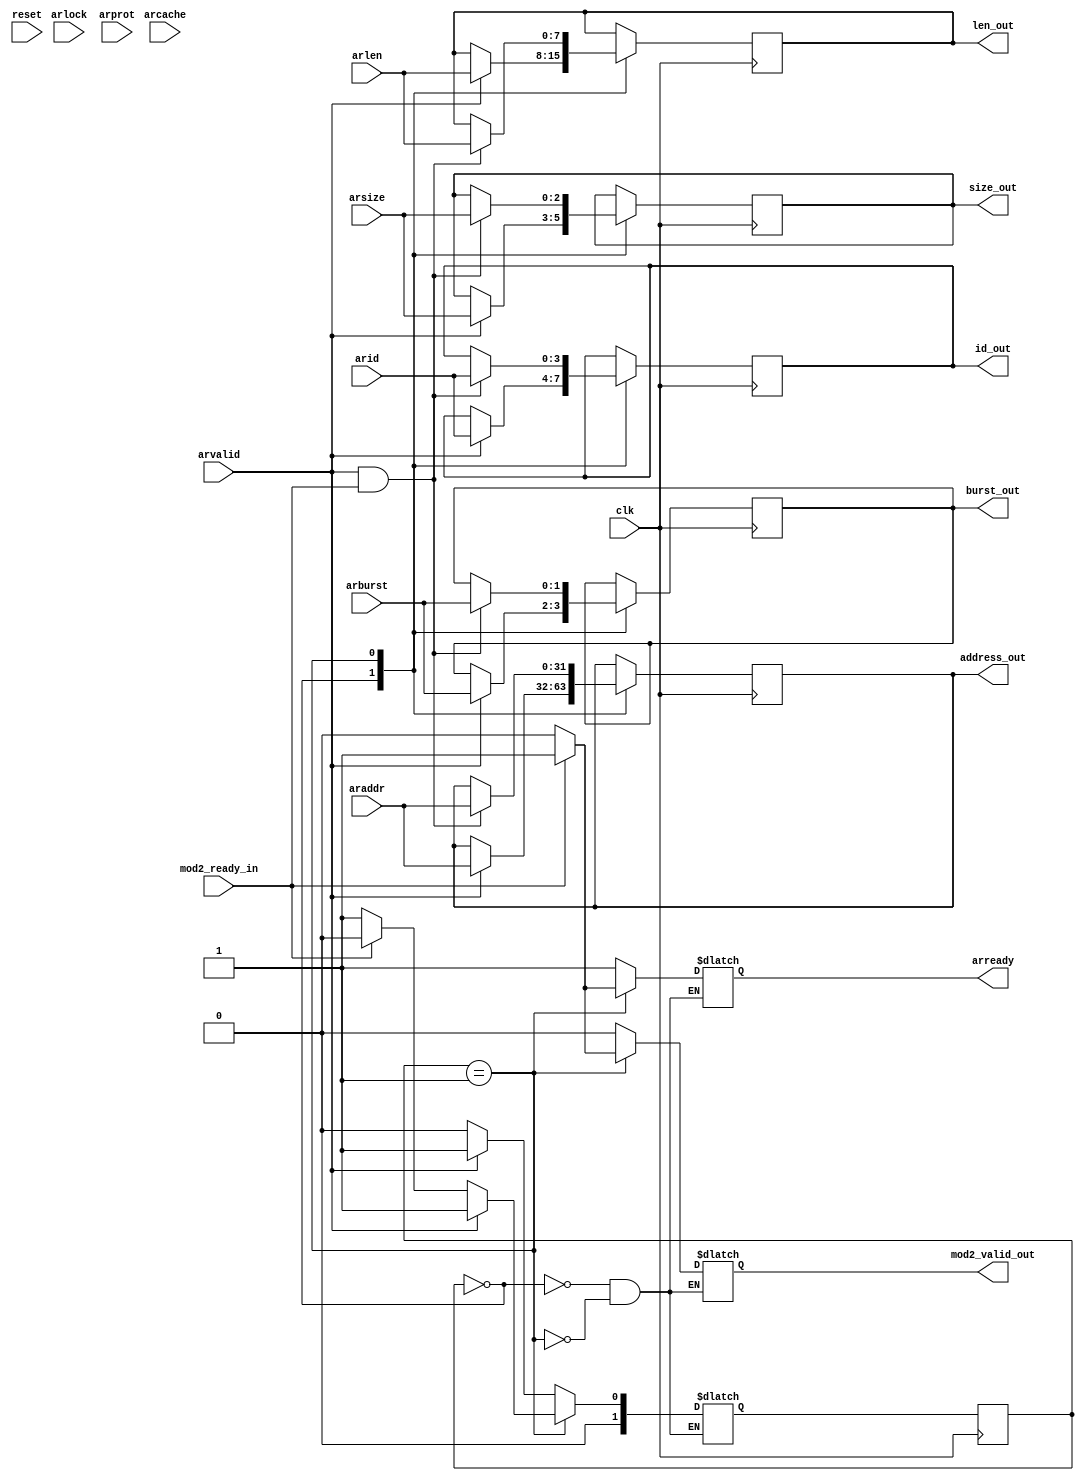

// ************************************************************************************************
//
// PROJECT      :   AXI_ADDRESS_READ
// PRODUCT      :   AXI meomory slave
// FILE         :   <File Name/Module Name>
// DESCRIPTION  :   Accepts the address from master nand holds it. If data read is not busy pass module
//
// ************************************************************************************************
//
// REVISIONS:
//
//	Date			Developer	Description
//	----			---------	-----------
//  09 Apr 2014		Start date
//
//**************************************************************************************************

`timescale 1ns / 1ps

module add_read
    (
      clk,
      reset,
      arid,
      araddr,
      arlen,
      arsize,
      arburst,
      arlock,
      arcache,
      arprot,
      arvalid,
      arready,

      address_out,
      mod2_ready_in,
      mod2_valid_out,
      id_out,
      len_out,
      size_out,
      burst_out

    );

//---------------------------------------------------------------------------------------------------------------------
// Global constant headers
//---------------------------------------------------------------------------------------------------------------------
   //`include "../sim/param.v"
   parameter ADD_ID_WIDTH = 4;
   parameter ADD_WIDTH = 32;
   parameter BURST_LEN = 8;
   parameter BURST_SIZE = 3;
   parameter DATA_WIDTH = 1024;
   parameter BURST_TYPE = 2;
   parameter MAX_BYTE_SIZE = 128;
   parameter MAX_BIT_SIZE = 1024;
//---------------------------------------------------------------------------------------------------------------------
// parameter definitions
//---------------------------------------------------------------------------------------------------------------------

  localparam STATE_IDLE = 0;
  localparam STATE_BUSY = 1;
//---------------------------------------------------------------------------------------------------------------------
// I/O signals
//---------------------------------------------------------------------------------------------------------------------
    input clk;
    input reset;
    input [ADD_ID_WIDTH-1:0]arid;
    input [ADD_WIDTH-1:0]araddr;
    input [BURST_LEN-1:0]arlen;
    input [BURST_SIZE-1:0]arsize;
    input [BURST_TYPE-1:0]arburst;
    input [1:0]arlock;
    input [3:0]arcache;
    input [2:0]arprot;
    input  arvalid;
    output reg arready;

    //Sub Module IO signals
    output reg [ADD_WIDTH-1:0] address_out;
    output reg [ADD_ID_WIDTH-1:0]id_out;
    output reg [BURST_LEN-1:0]len_out;
    output reg [BURST_SIZE-1:0]size_out;
    output reg [BURST_TYPE-1:0]burst_out;
    input mod2_ready_in;
    output reg mod2_valid_out;


//---------------------------------------------------------------------------------------------------------------------
// Internal wires and registers
//---------------------------------------------------------------------------------------------------------------------
reg [1:0] state;
reg [1:0] next_state;



//---------------------------------------------------------------------------------------------------------------------
// Implementation
//---------------------------------------------------------------------------------------------------------------------
initial begin
  state = STATE_IDLE;
end

 always @(posedge clk) begin : Clock_Edge_register_sampling
      case (state)

        STATE_IDLE : begin
          if(arvalid == 1) begin
            address_out<=araddr;
            id_out <=arid;
            len_out <=arlen;
            size_out<=arsize;
            burst_out<=arburst;
          end
        end

        STATE_BUSY : begin
          if(arvalid == 1 && mod2_ready_in) begin
            address_out<=araddr;
            id_out <=arid;
            len_out <=arlen;
            size_out<=arsize;
            burst_out<=arburst;
          end
        end
      endcase
  end

 always @(posedge clk) begin : Next_state_and_driving_outputs
     state<=next_state;
  end

    always @(*) begin : dfe
      case (state)
        STATE_IDLE :begin

          arready=1;
          mod2_valid_out=0;

          if (arvalid==1) begin
            next_state=STATE_BUSY;
          end
          else begin
            next_state=STATE_IDLE;
          end
        end

        STATE_BUSY :begin
          if (arvalid==1) begin
            next_state=STATE_BUSY;
          end
          else if (mod2_ready_in==0) begin
            next_state=STATE_BUSY;
          end
          else begin
            next_state=STATE_IDLE;
          end

          if (mod2_ready_in==1) begin
            mod2_valid_out=1;
            arready=1;
          end
          else begin
            mod2_valid_out=0;
            arready=0;
          end

        end
        endcase

    end




endmodule